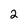
Character: 2